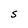
Character: S